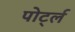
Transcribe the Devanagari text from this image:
पोर्ट्ल